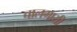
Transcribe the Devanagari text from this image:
चालगायी